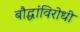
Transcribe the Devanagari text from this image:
बौद्धांविरोधी